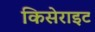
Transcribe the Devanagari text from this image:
किसेराइट